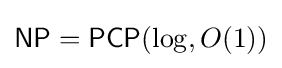
{\mathsf {NP}}={\mathsf {PCP}}(\log ,O(1))